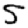
Digit: 5